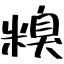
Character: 糗